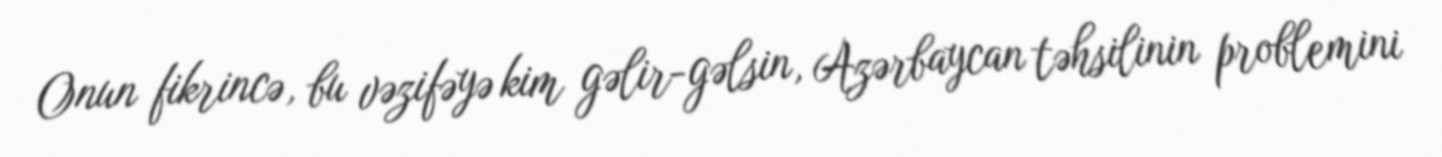
Onun fikrincə, bu vəzifəyə kim gəlir-gəlsin, Azərbaycan təhsilinin problemini